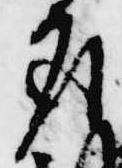
座